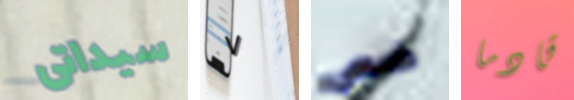
سيداتى ٧ ضعى قادما